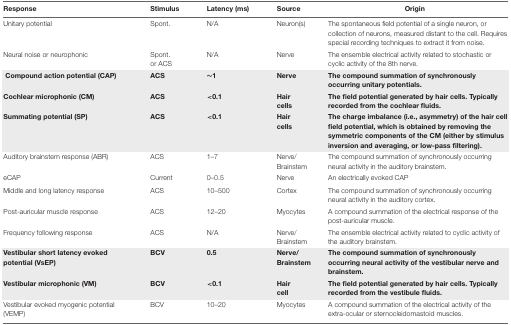
<table><thead><tr><td><b>Response</b></td><td><b>Stimulus</b></td><td><b>Latency (ms)</b></td><td><b>Source</b></td><td><b>Origin</b></td></tr></thead><tbody><tr><td>Unitary potential</td><td>Spont.</td><td>N/A</td><td>Neuron(s)</td><td>The spontaneous field potential of a single neuron, or collection of neurons, measured distant to the cell. Requires special recording techniques to extract it from noise.</td></tr><tr><td>Neural noise or neurophonic</td><td>Spont. or ACS</td><td>N/A</td><td>Nerve</td><td>The ensemble electrical activity related to stochastic or cyclic activity of the 8th nerve.</td></tr><tr><td><b>Compound action potential (CAP)</b></td><td><b>ACS</b></td><td><b>~1</b></td><td><b>Nerve</b></td><td><b>The compound summation of synchronously occurring unitary potentials</b>.</td></tr><tr><td><b>Cochlear microphonic (CM)</b></td><td><b>ACS</b></td><td><b>&lt;0.1</b></td><td><b>Hair cells</b></td><td><b>The field potential generated by hair cells. Typically recorded from the cochlear fluids</b>.</td></tr><tr><td><b>Summating potential (SP)</b></td><td><b>ACS</b></td><td><b>&lt;0.1</b></td><td><b>Hair cells</b></td><td><b>The charge imbalance (i.e., asymmetry) of the hair cell field potential, which is obtained by removing the symmetric components of the CM (either by stimulus inversion and averaging, or low-pass filtering)</b>.</td></tr><tr><td>Auditory brainstem response (ABR)</td><td>ACS</td><td>1–7</td><td>Nerve/ Brainstem</td><td>The compound summation of synchronously occurring neural activity in the auditory brainstem.</td></tr><tr><td>eCAP</td><td>Current</td><td>0–0.5</td><td>Nerve</td><td>An electrically evoked CAP</td></tr><tr><td>Middle and long latency response</td><td>ACS</td><td>10–500</td><td>Cortex</td><td>The compound summation of synchronously occurring neural activity in the auditory cortex.</td></tr><tr><td>Post-auricular muscle response</td><td>ACS</td><td>12–20</td><td>Myocytes</td><td>A compound summation of the electrical response of the post-auricular muscle.</td></tr><tr><td>Frequency following response</td><td>ACS</td><td>N/A</td><td>Nerve/ Brainstem</td><td>The ensemble electrical activity related to cyclic activity of the auditory brainstem.</td></tr><tr><td><b>Vestibular short latency evoked potential (VsEP)</b></td><td><b>BCV</b></td><td><b>0.5</b></td><td><b>Nerve/ Brainstem</b></td><td><b>The compound summation of synchronously occurring neural activity of the vestibular nerve and brainstem</b>.</td></tr><tr><td><b>Vestibular microphonic (VM)</b></td><td><b>BCV</b></td><td><b>&lt;0.1</b></td><td><b>Hair cell</b></td><td><b>The field potential generated by hair cells. Typically recorded from the vestibule fluids</b>.</td></tr><tr><td>Vestibular evoked myogenic potential (VEMP)</td><td>BCV</td><td>10–20</td><td>Myocytes</td><td>A compound summation of the electrical activity of the extra-ocular or sternocleidomastoid muscles.</td></tr></tbody></table>